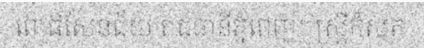
ពោធិ៍សែនជ័យ រាជធានីភ្នំពេញ។ស្ត្រីកំសត់